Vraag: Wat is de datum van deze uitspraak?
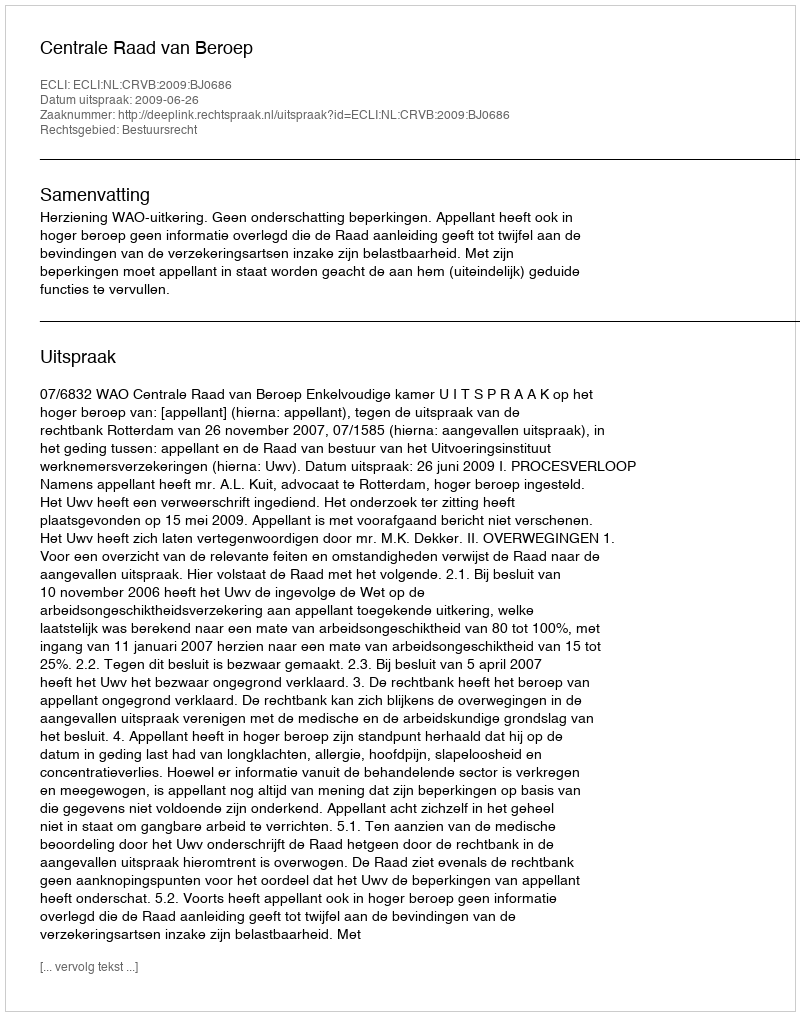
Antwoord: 2009-06-26